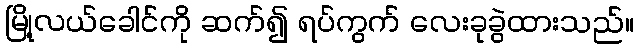
မြို့လယ်ခေါင်ကို ဆက်၍ ရပ်ကွက် လေးခုခွဲထားသည်။